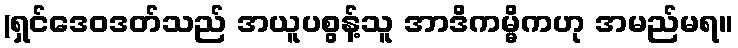
(ရှင်ဒေဝဒတ်သည် အယူပစွန့်သူ အာဒိကမ္မိကဟု အမည်မရ။